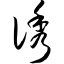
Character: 诱